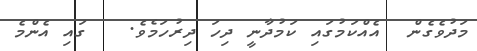
މަދުވެގެން  އެއްކަމުގައި ކަމުދާނީ ދިހަ ދިރުހަމެވެ.   ގައި އެންމެ